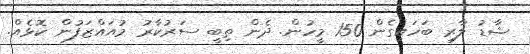
ޝާޑު ލާރި ބަހައިގެން 150 މީހުން. ދެން ތިބީ ސަރުކާރު މުއައްޒަފުން ކޮޅެއް.